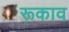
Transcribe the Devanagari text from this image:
रूकाव